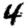
Digit: 4